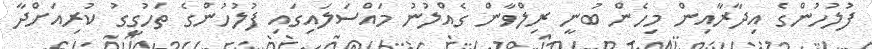
ފުލުހުންގެ އިދާރާއިން މިހެން ބުނީ ރިލްވާން ގެއްލުނު މައްސަލައިގައި ފުލުހުންގެ ތަހުގީގު ކުރިއަށްދާ